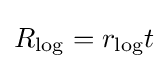
R_{\mathrm {log} }=r_{\mathrm {log} }t